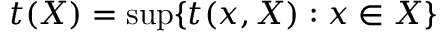
t ( X ) = \operatorname* { s u p } \{ t ( x , X ) : x \in X \}